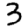
Digit: 3